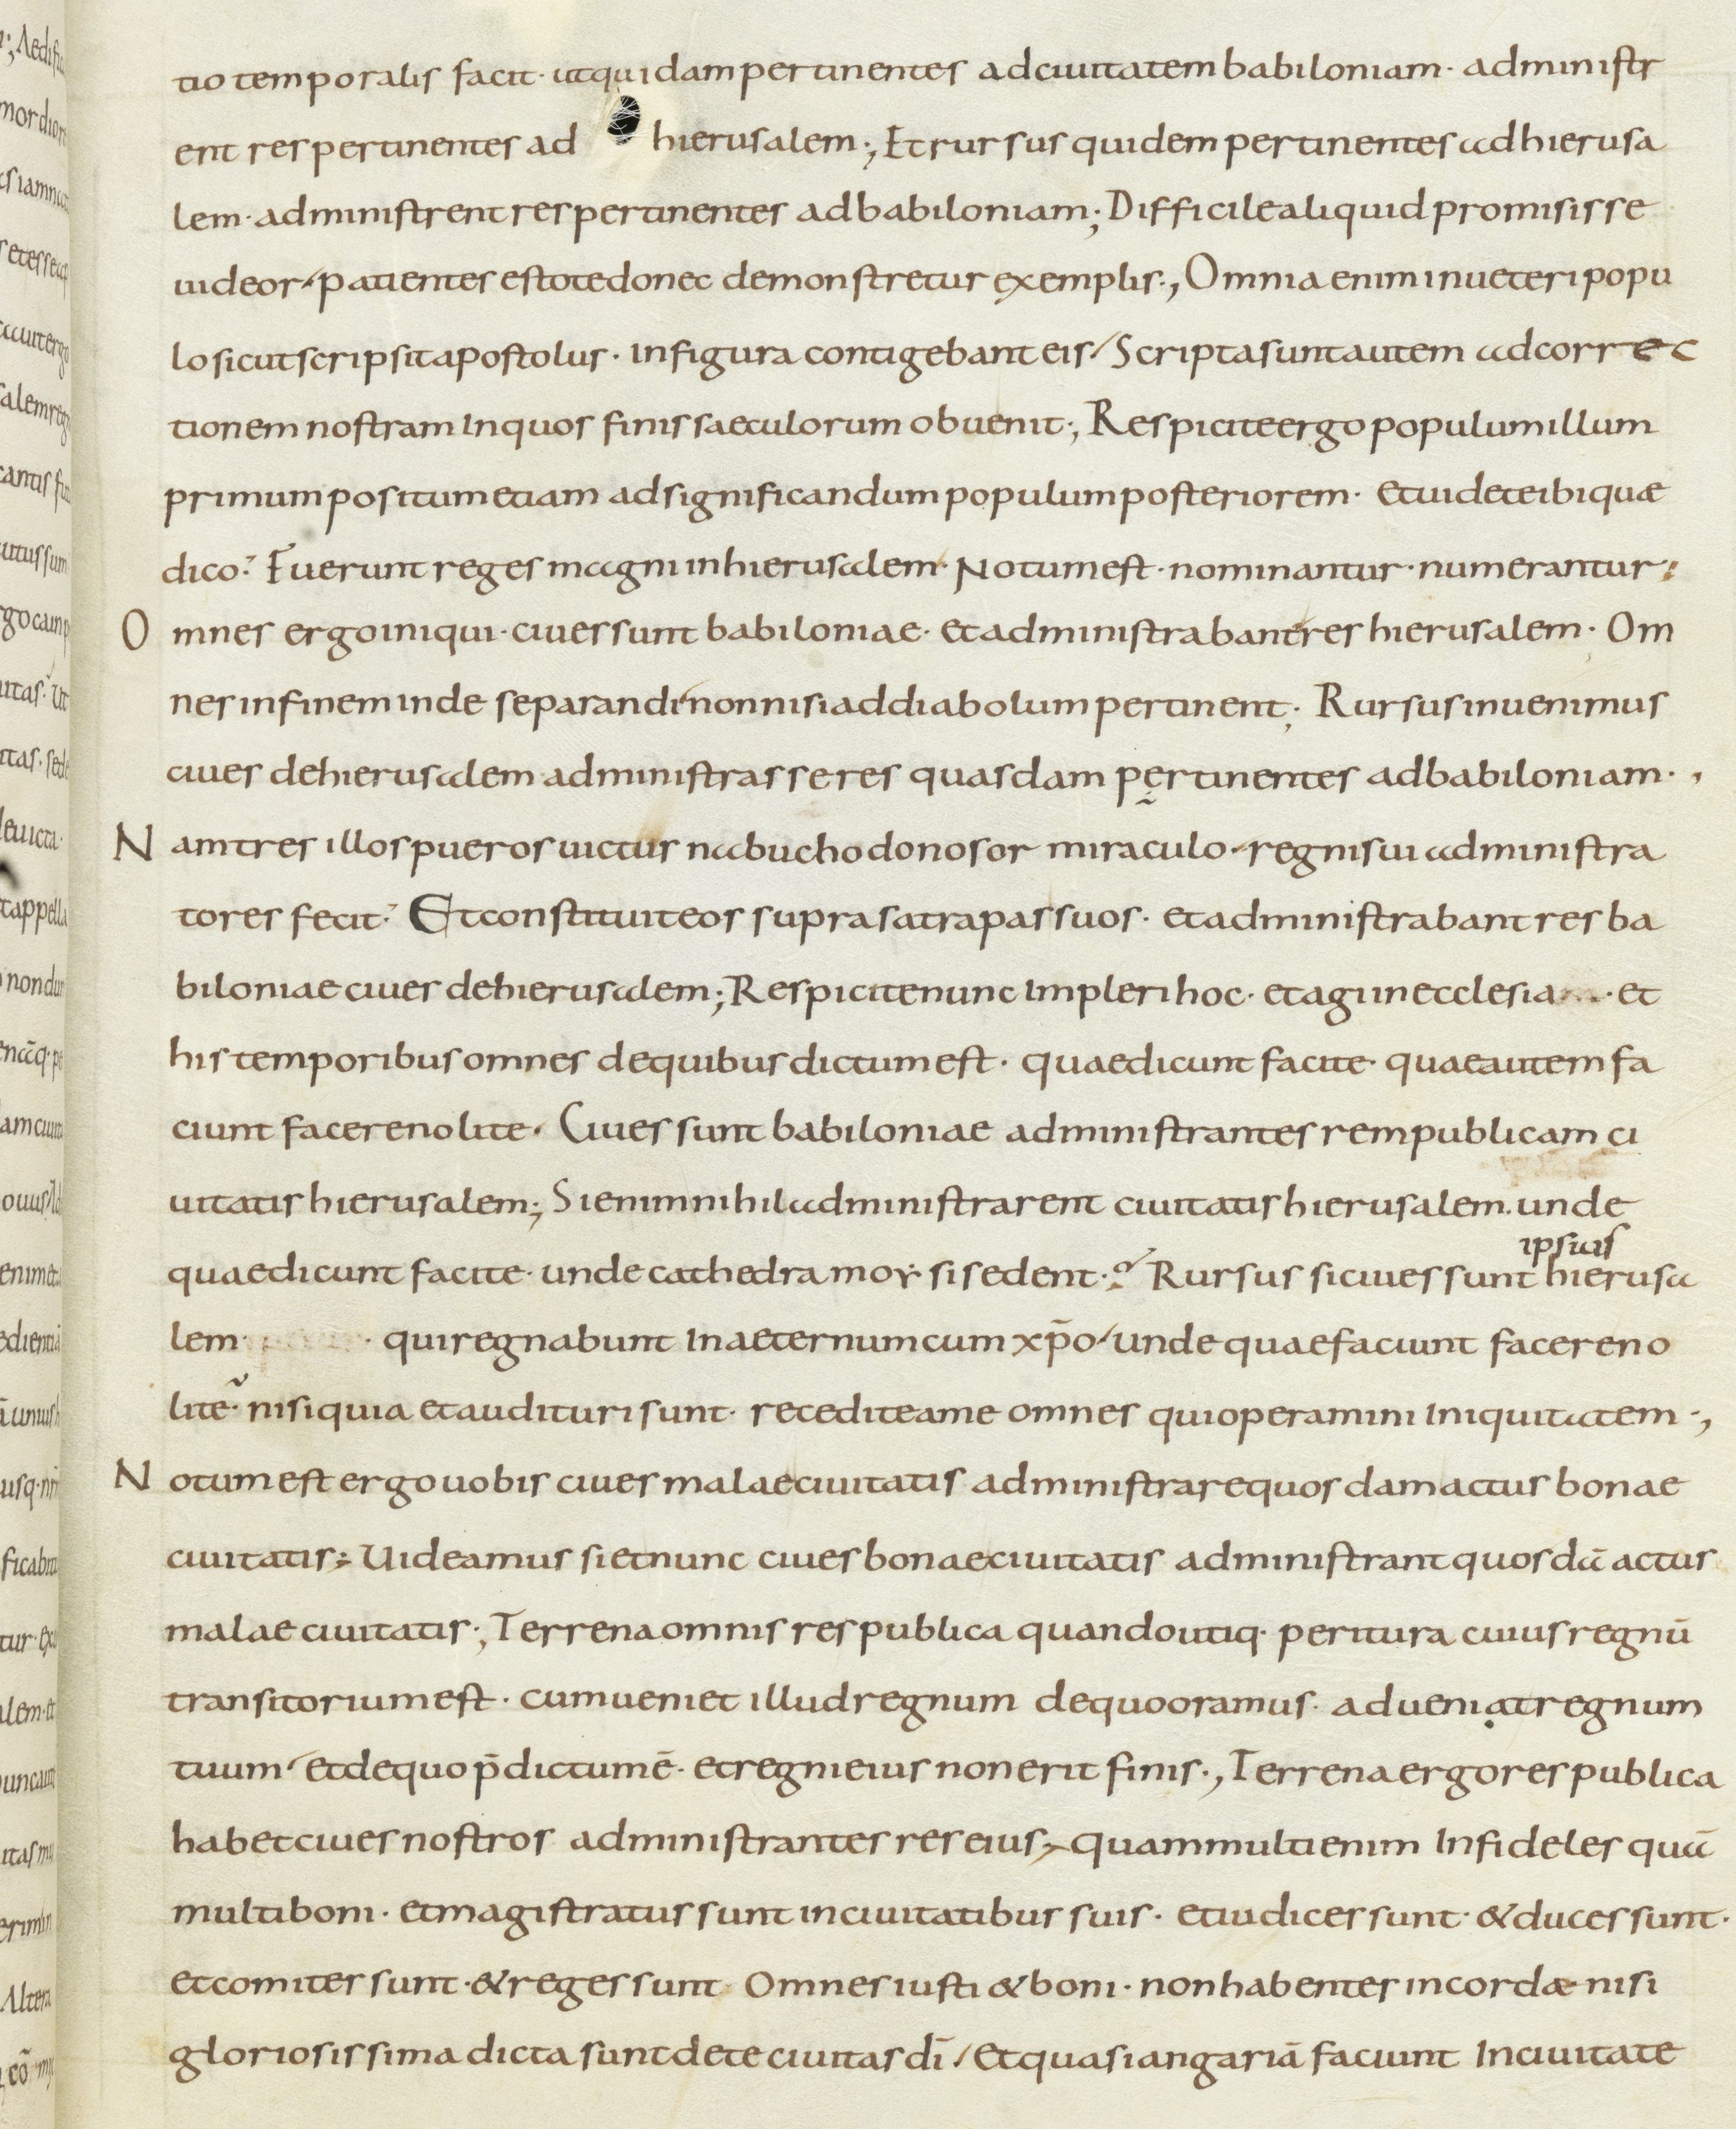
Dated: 800–899